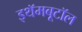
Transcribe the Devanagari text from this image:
इथॅमबूटॉल